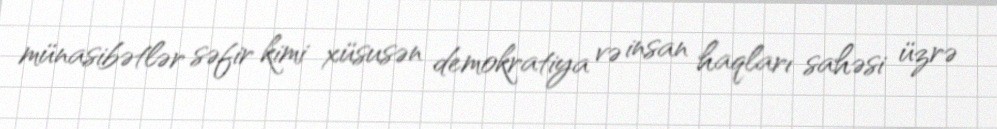
münasibətlər səfir kimi xüsusən demokratiya və insan haqları sahəsi üzrə